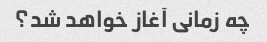
چه زمانی آغاز خواهد شد؟